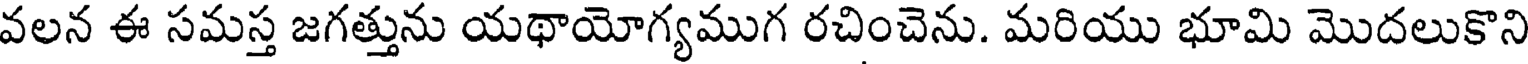
వలన ఈ సమస్త జగత్తును యథాయోగ్యముగ రచించెను. మరియు భూమి మొదలుకొని